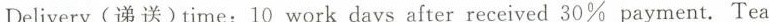
Delivery（递送）time: 10 work days after received 30% payment. Tea